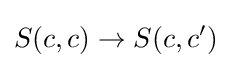
S(c,c)\to S(c,c')